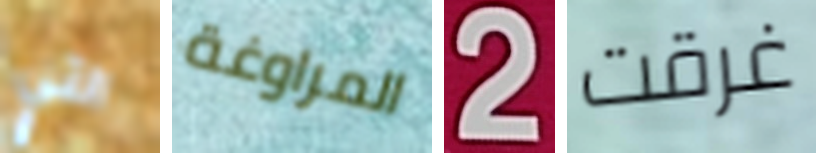
التي المراوغة 2 غرقت